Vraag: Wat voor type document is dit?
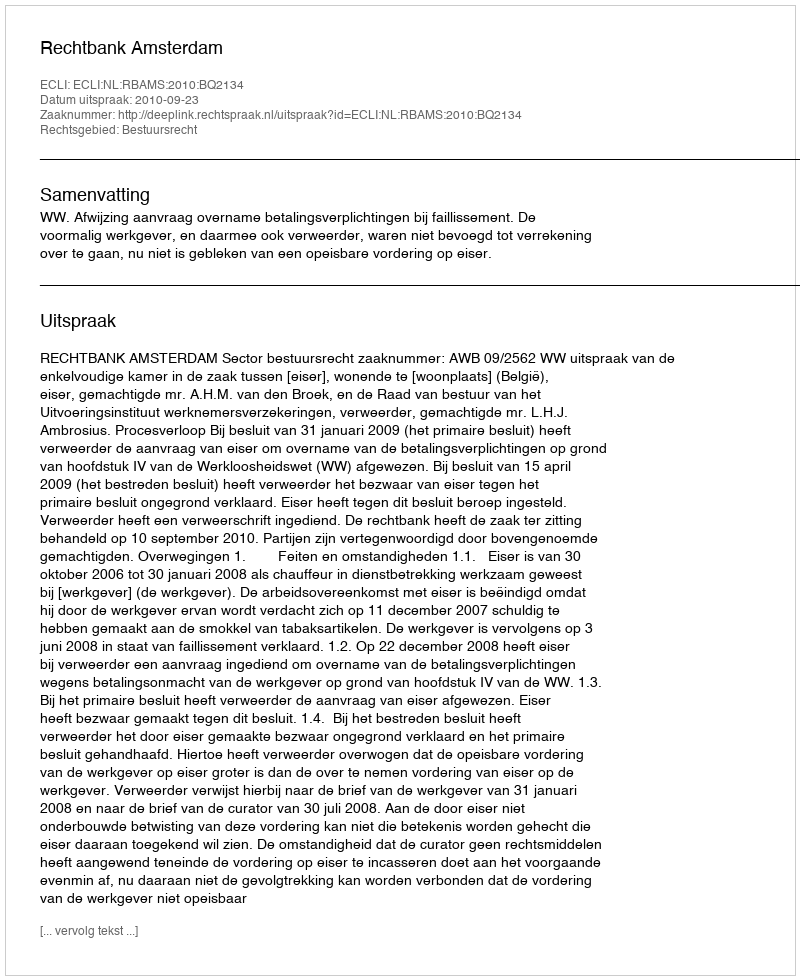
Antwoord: Uitspraak